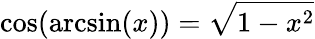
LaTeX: \cos(\arcsin(x))={\sqrt{1-x^{2}}}